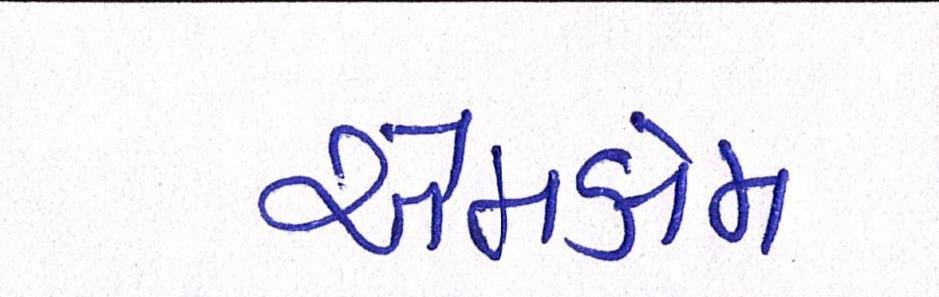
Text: એમકોમ